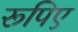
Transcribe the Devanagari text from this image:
रूपिए